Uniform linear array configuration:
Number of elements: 16
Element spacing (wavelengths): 0.5
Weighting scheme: blackman
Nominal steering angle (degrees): -15
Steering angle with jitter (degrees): -15.706
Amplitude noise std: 0.05
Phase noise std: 0.05

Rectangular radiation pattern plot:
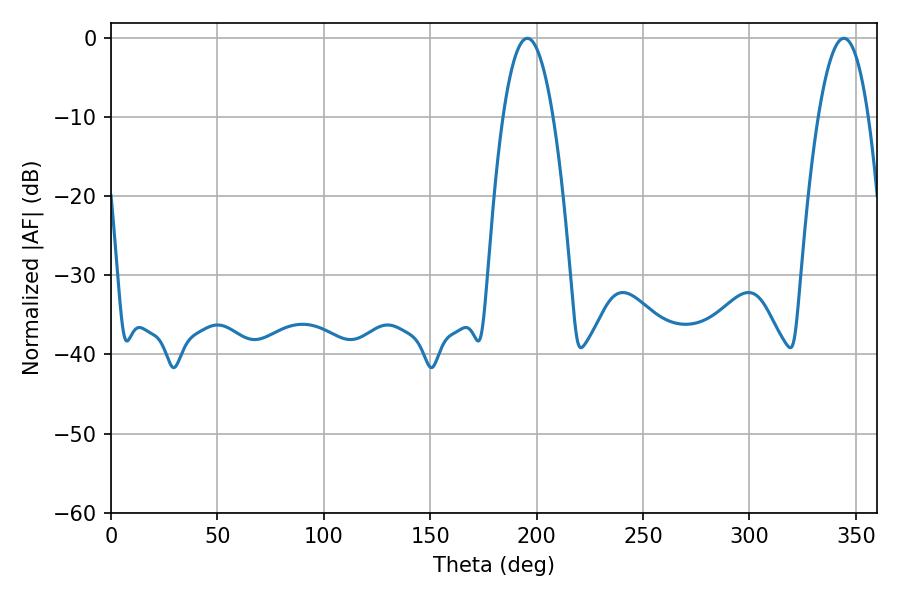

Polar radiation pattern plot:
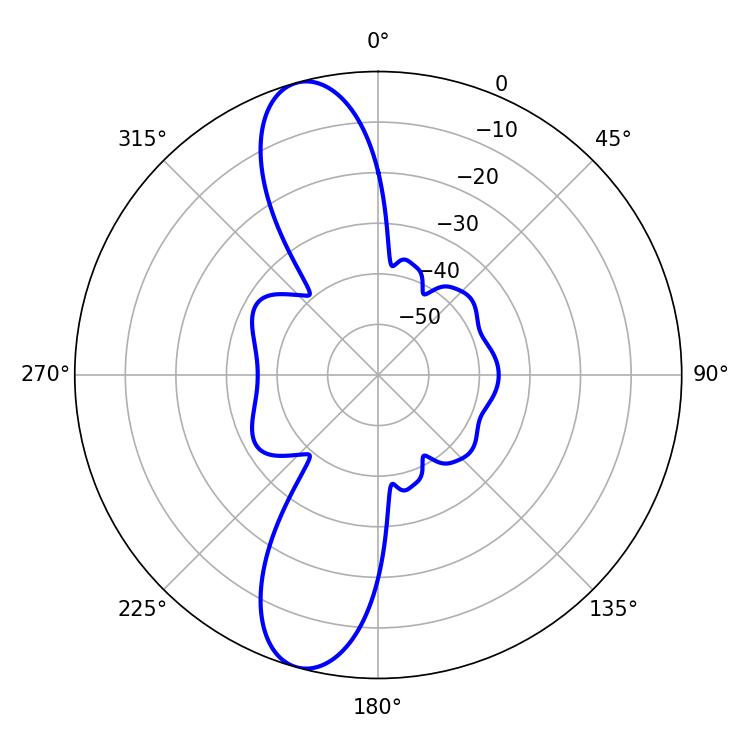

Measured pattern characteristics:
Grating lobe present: FALSE
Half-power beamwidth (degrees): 12.96
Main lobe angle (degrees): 195.66